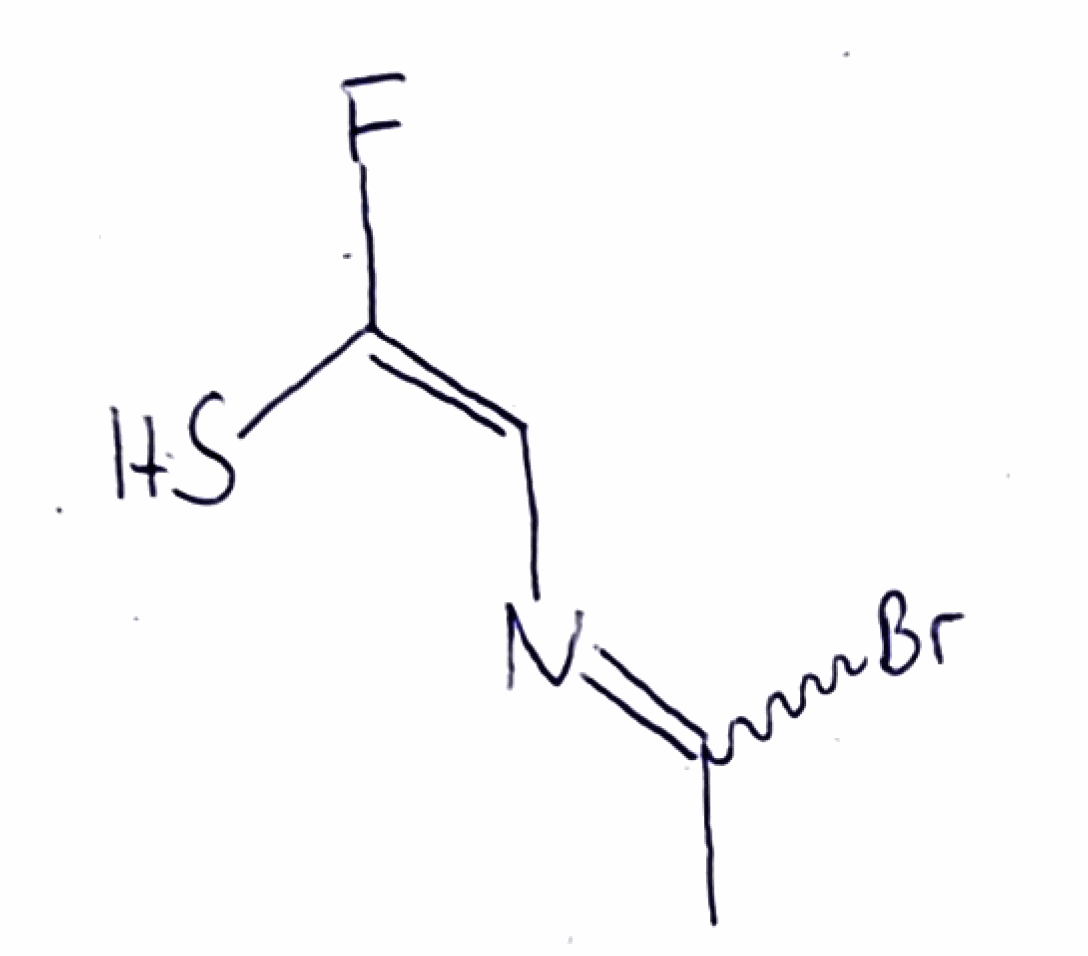
Simplified molecular-input line-entry system (SMILES) notation of the given molecule:
CC(=N/C=C(/F)\S)Br